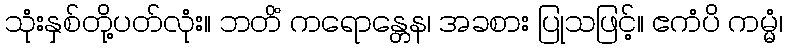
သုံးနှစ်တို့ပတ်လုံး။ ဘတိံ ကရောန္တေန၊ အခစား ပြုသဖြင့်။ ဧကံပိ ကမ္မံ၊